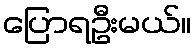
ပြောရဦးမယ်။